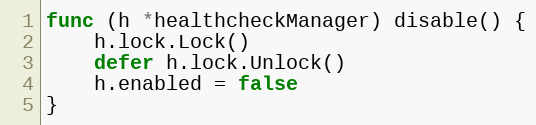
Language: Go
func (h *healthcheckManager) disable() {
	h.lock.Lock()
	defer h.lock.Unlock()
	h.enabled = false
}